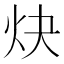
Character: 炔